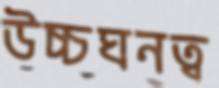
উচ্চঘনত্ব